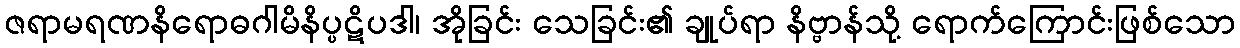
ဇရာမရဏနိရောဓဂါမိနိပ္ပဋိပဒါ၊ အိုခြင်း သေခြင်း၏ ချုပ်ရာ နိဗ္ဗာန်သို့ ရောက်ကြောင်းဖြစ်သော